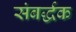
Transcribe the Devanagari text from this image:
संबर्द्धक